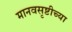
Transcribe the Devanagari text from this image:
मानवसृष्टीच्या